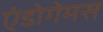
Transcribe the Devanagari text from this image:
एंडोगेमस